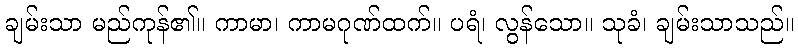
ချမ်းသာ မည်ကုန်၏။ ကာမာ၊ ကာမဂုဏ်ထက်။ ပရံ၊ လွန်သော။ သုခံ၊ ချမ်းသာသည်။